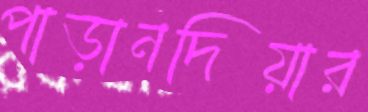
পাড়ানদিয়ার